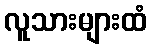
လူသားများထံ